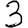
Digit: 3